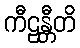
ကီဠန္တီတိ